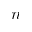
n